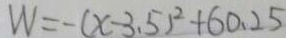
W = - ( x - 3 . 5 ) ^ { 2 } + 6 0 . 2 5